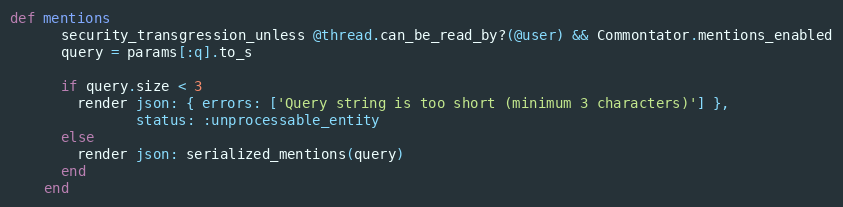
Language: Ruby
def mentions
      security_transgression_unless @thread.can_be_read_by?(@user) && Commontator.mentions_enabled
      query = params[:q].to_s

      if query.size < 3
        render json: { errors: ['Query string is too short (minimum 3 characters)'] },
               status: :unprocessable_entity
      else
        render json: serialized_mentions(query)
      end
    end